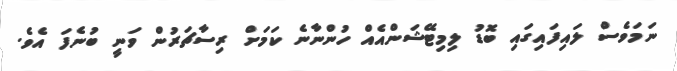
ނަމަވެސް ލައިފައިގައި ބޮޑު ލިމިޓޭޝަންއެއް ހުންނާނެ ކަމަށް ރިސާޗަރުން ވަނީ ބުނެފަ އެވެ.